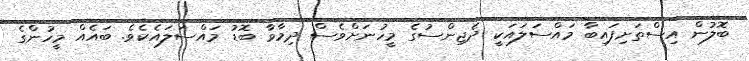
ބޮލުން އިސްތަށިފައިބާ މައްސަލައަކީ ދެޖިންސުގެ މީހުނަށްވެސް ދިމާވާ ބޮޑު މައްސަލައެކެވެ. ބައެއް މީހުންގެ